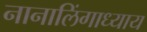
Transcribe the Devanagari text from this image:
नानालिंगाध्याय